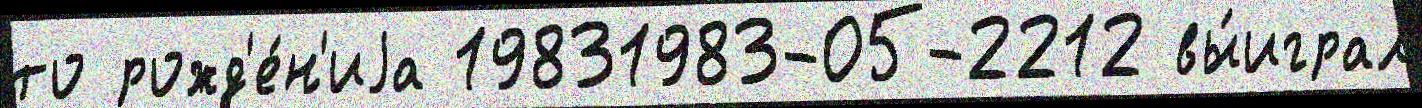
то рожд'е́н'иjа 19831983-05-2212 вы́играл